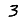
Digit: 3